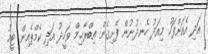
އަދި އެއަށްފަހު މިއަދު ހެނދުނުން ފެށިގެން އިބްރާޙިމް ވަހީދު އަދި ކެމްޕެއިން ޓީމު